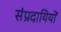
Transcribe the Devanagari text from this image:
संप्रदायियों